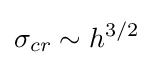
\sigma _{cr}\sim h^{3/2}